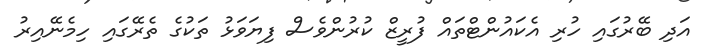
އަދި ބޭރުގައި ހުރި އެކައުންޓްތައް ފުރީޒް ކުރުންވެސް ފިޔަވަޅު ތަކުގެ ތެރޭގައި ހިމެނޭއިރު